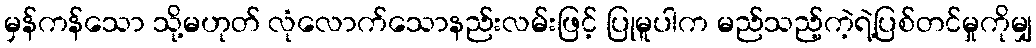
မှန်ကန်သော သို့မဟုတ် လုံလောက်သောနည်းလမ်းဖြင့် ပြုမူပါက မည်သည့်ကဲ့ရဲ့ပြစ်တင်မှုကိုမျှ